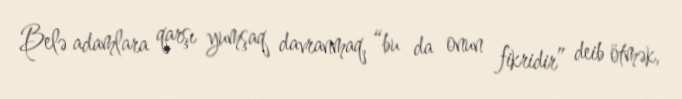
Belə adamlara qarşı yumşaq davranmaq, “bu da onun fikridir” deib ötmək,